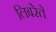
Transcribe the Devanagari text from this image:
लिबरेते